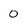
Character: 0